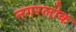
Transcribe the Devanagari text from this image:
नगरलोक